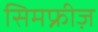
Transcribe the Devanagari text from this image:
सिमफ्नीज़